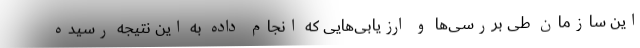
این سازمان طی بررسی‌ها و ارزیابی‌هایی که انجام داده به این نتیجه رسیده